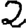
Digit: 2